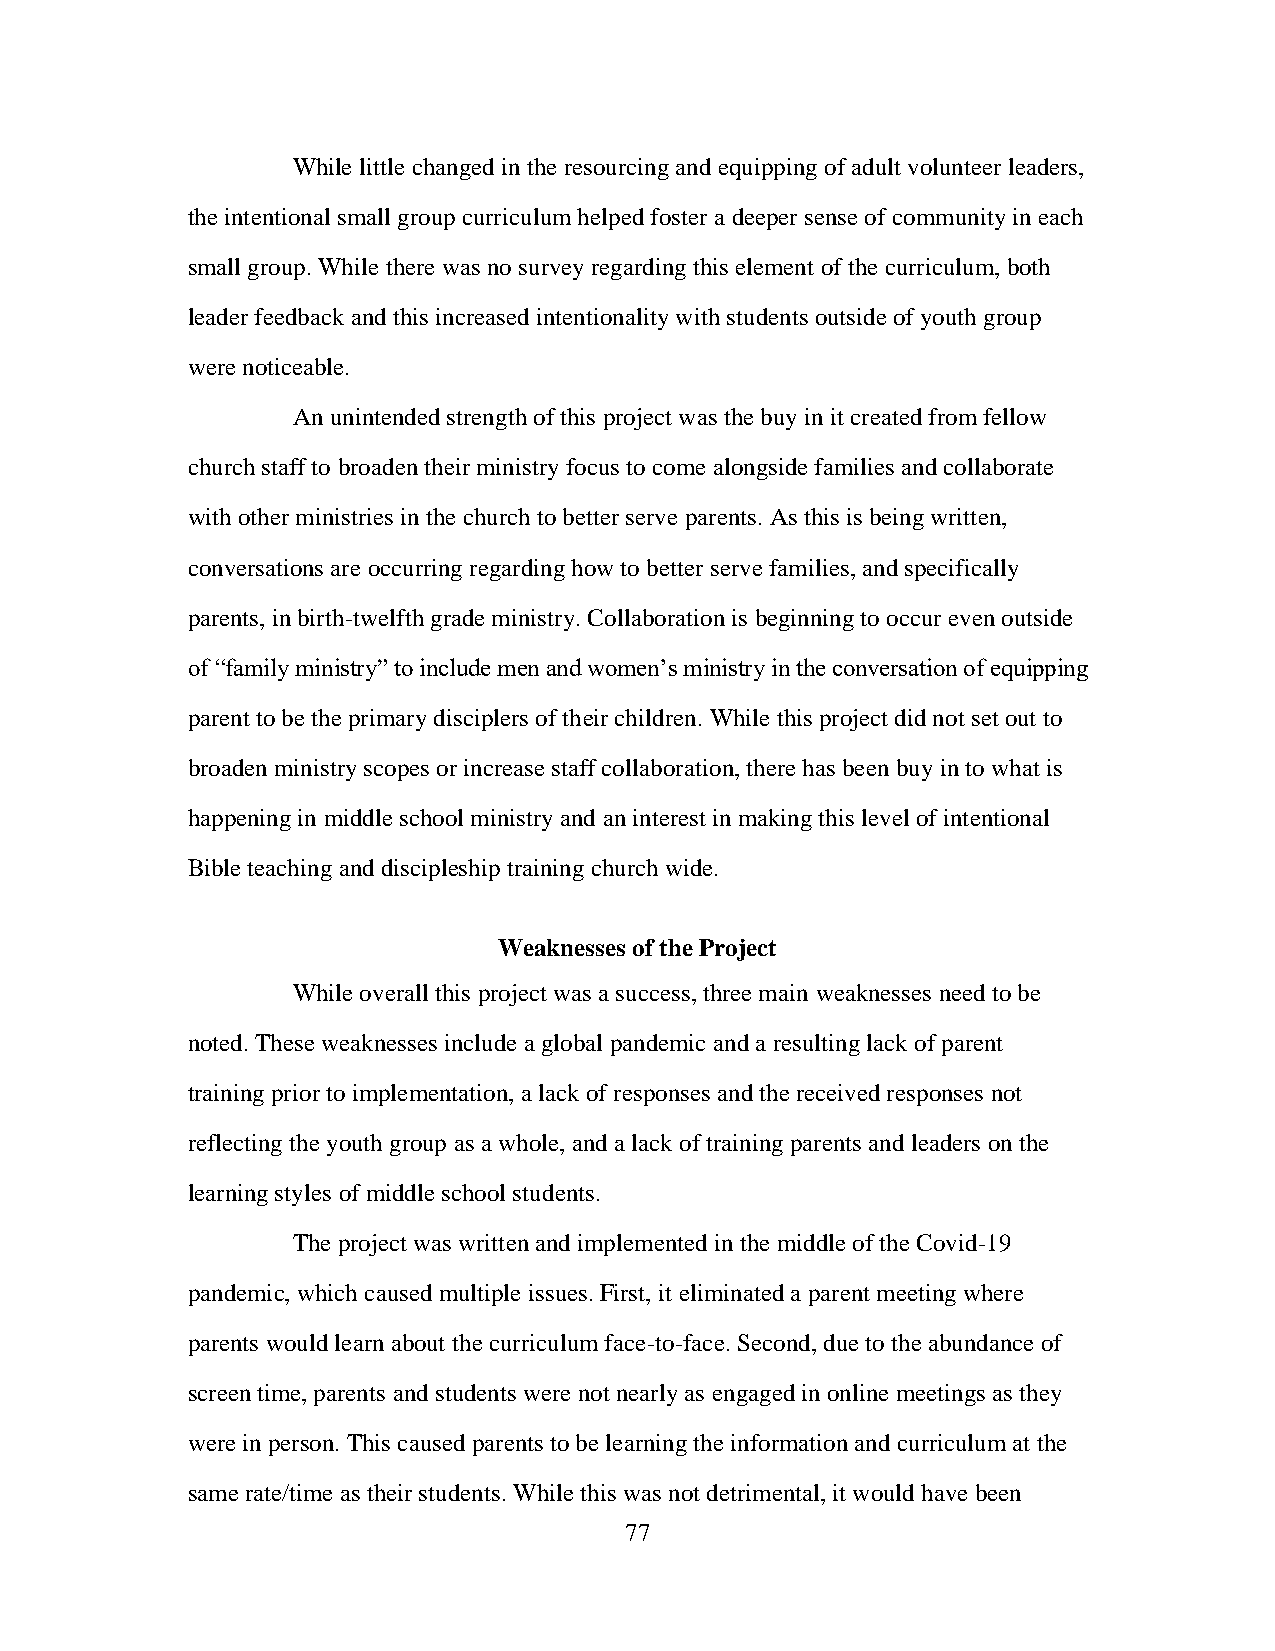
While little changed in the resourcing and equipping of adult volunteer leaders,
 the intentional small group curriculum helped foster a deeper sense of community in each
 small group. While there was no survey regarding this element of the curriculum, both
 leader feedback and this increased intentionality with students outside of youth group
 were noticeable.
 An unintended strength of this project was the buy in it created from fellow
 church staff to broaden their ministry focus to come alongside families and collaborate
 with other ministries in the church to better serve parents. As this is being written,
 conversations are occurring regarding how to better serve families, and specifically
 parents, in birth-twelfth grade ministry. Collaboration is beginning to occur even outside
 of “family ministry” to include men and women’s ministry in the conversation of equipping
 parent to be the primary disciplers of their children. While this project did not set out to
 broaden ministry scopes or increase staff collaboration, there has been buy in to what is
 happening in middle school ministry and an interest in making this level of intentional
 Bible teaching and discipleship training church wide.
 Weaknesses of the Project
 While overall this project was a success, three main weaknesses need to be
 noted. These weaknesses include a global pandemic and a resulting lack of parent
 training prior to implementation, a lack of responses and the received responses not
 reflecting the youth group as a whole, and a lack of training parents and leaders on the
 learning styles of middle school students.
 The project was written and implemented in the middle of the Covid-19
 pandemic, which caused multiple issues. First, it eliminated a parent meeting where
 parents would learn about the curriculum face-to-face. Second, due to the abundance of
 screen time, parents and students were not nearly as engaged in online meetings as they
 were in person. This caused parents to be learning the information and curriculum at the
 same rate/time as their students. While this was not detrimental, it would have been
 77